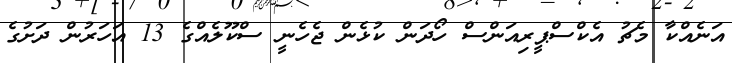
އަނެއްކާ މެޗު އެކްސްޕީރިއަންސް ހޯދަން ކުޅެން ޖެހެނީ ސްކޫލެއްގެ 13 އަހަރުން ދަށުގެ